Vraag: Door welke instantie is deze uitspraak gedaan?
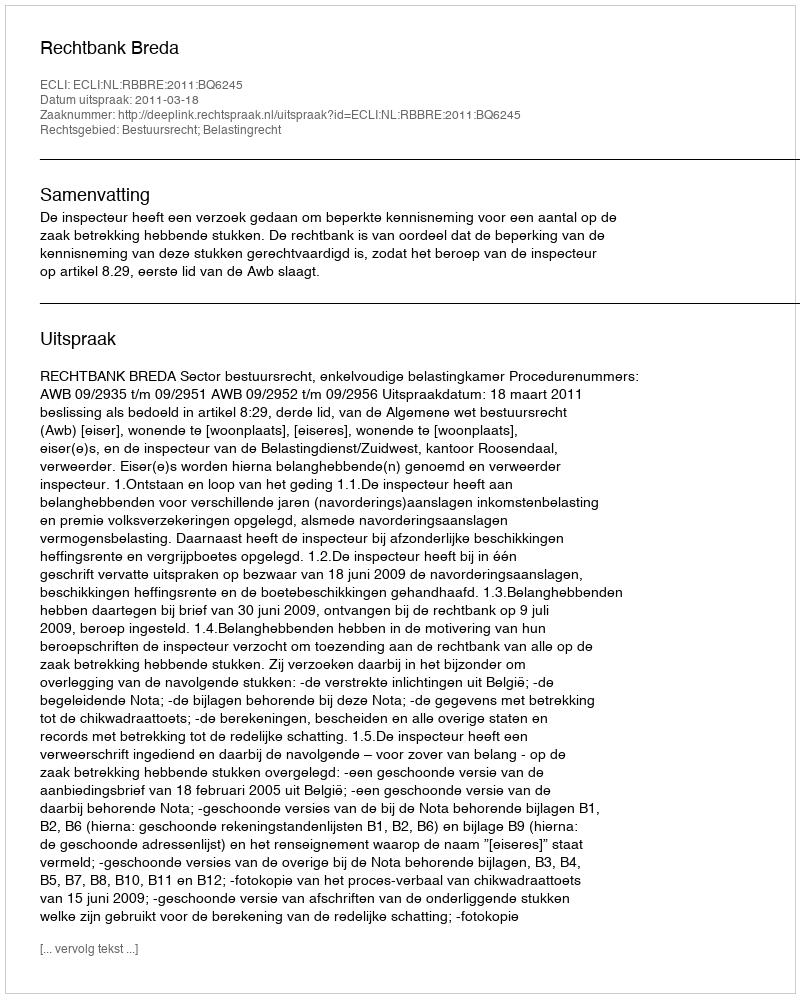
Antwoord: Rechtbank Breda